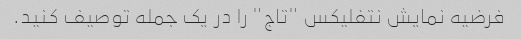
فرضیه نمایش نتفلیکس "تاج" را در یک جمله توصیف کنید.